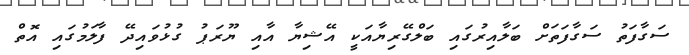
ސަގާފަތު ސަގާފަތަށް ބަލާއިރުގައި ބަލްގޭރިޔާއަކީ އޭޝިޔާ އާއި ޔޫރަޕު ގުޅުވައިދޭ ފާލަމުގައި އޮތް